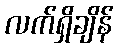
လက်ရှိချိန်